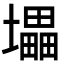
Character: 㙼